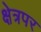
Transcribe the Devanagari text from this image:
क्षेत्रपर